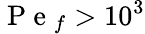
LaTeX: \mathrm{~P~e~}_{f}>10^{3}